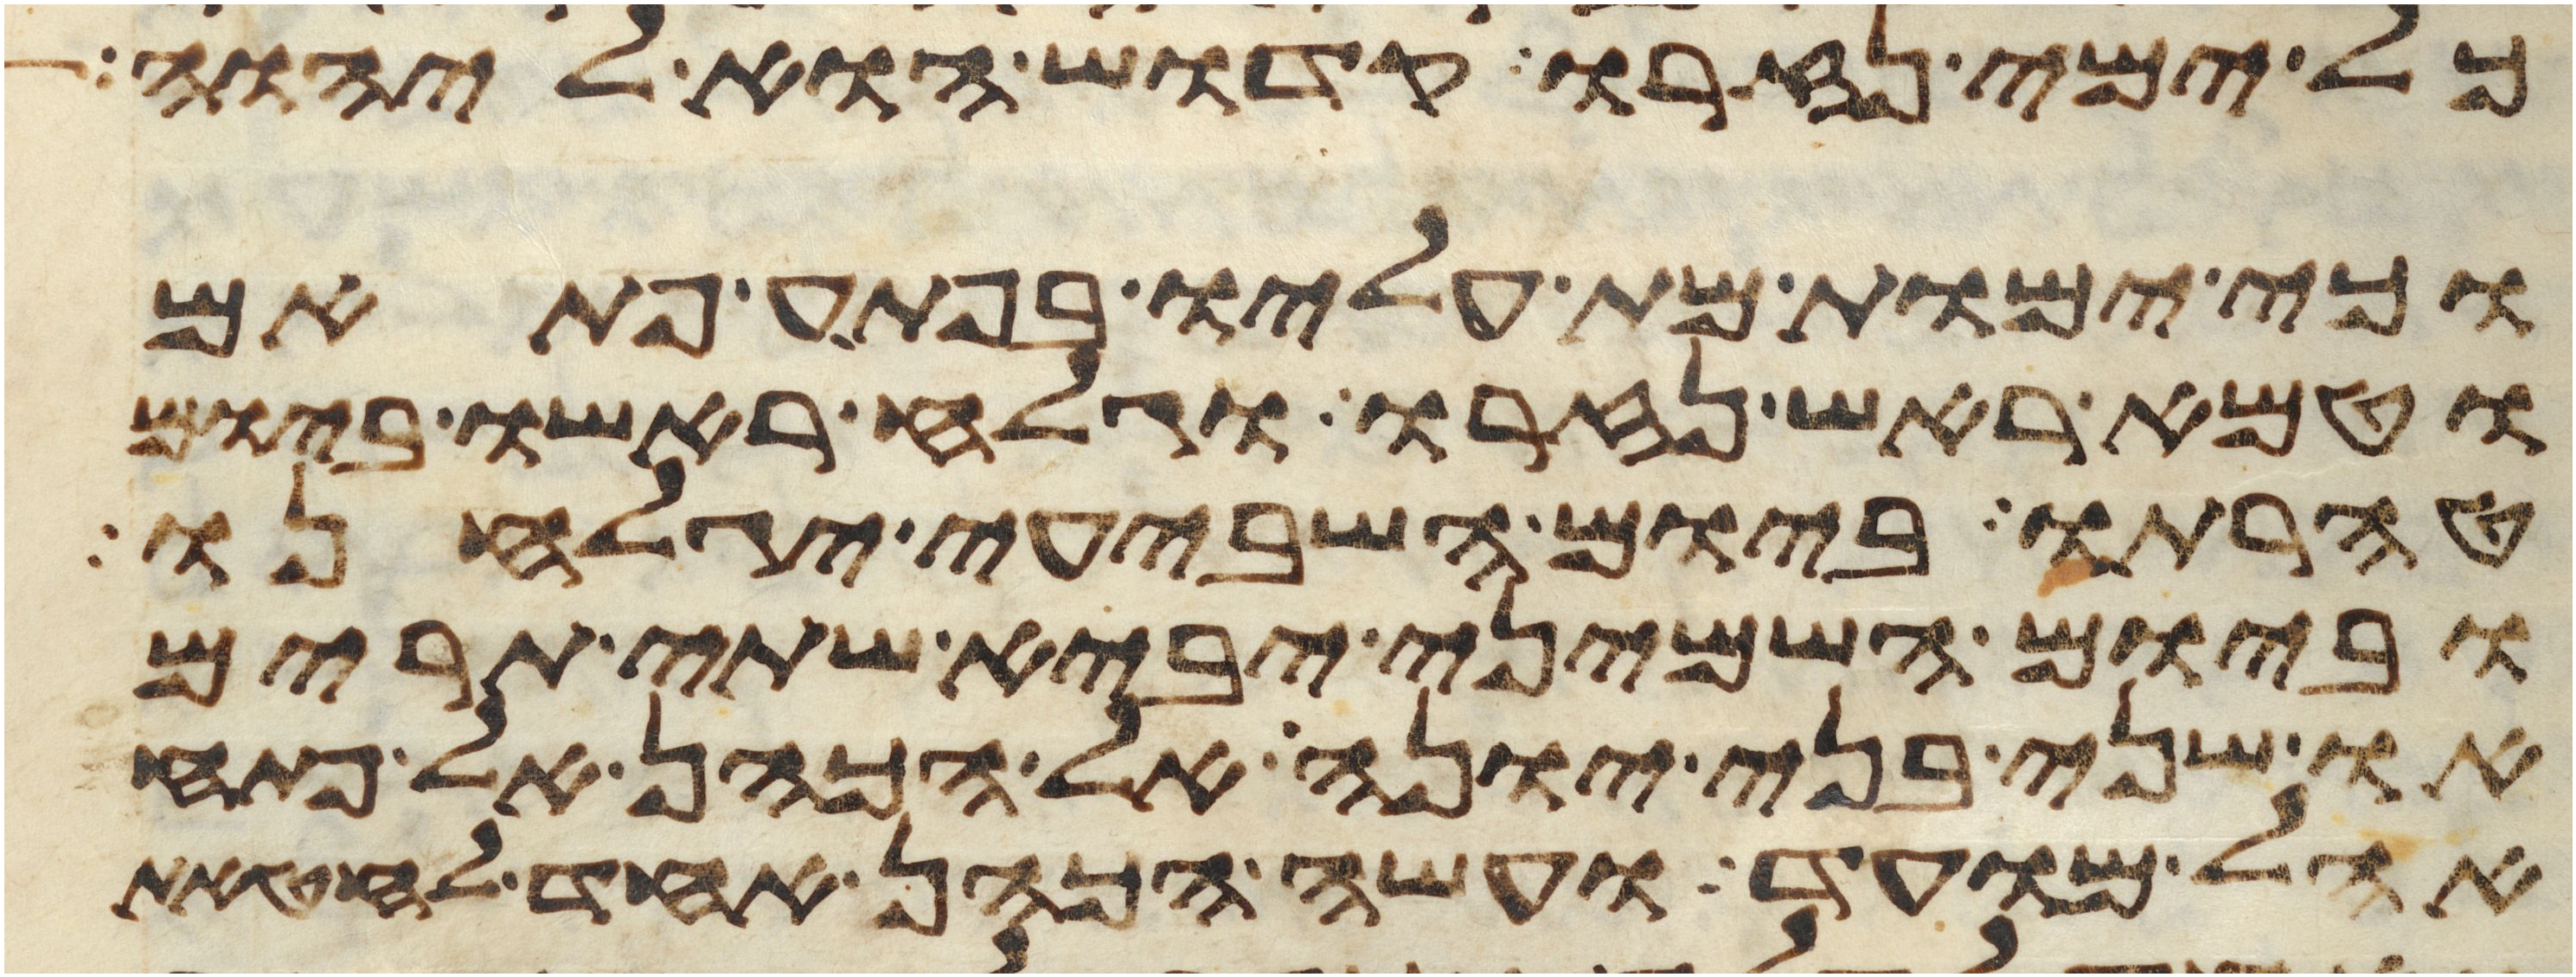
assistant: כל ימי נזרו קדוש הוא ליהוה
וכי ימות מת עליו בפתע פתאם
וטמא ראש נזרו וגלח ראשו ביום
טהרתו ביום השביעי יגלחנו
וביום השמיני יביא שתי תרים
או שני בני יונה אל הכהן אל פתח
אהל מועד ועשה הכהן אחד לחטאת